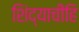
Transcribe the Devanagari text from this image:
शिंद्याचीहि